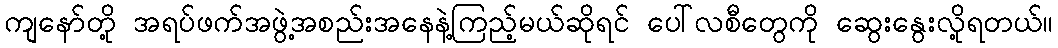
ကျနော်တို့ အရပ်ဖက်အဖွဲ့အစည်းအနေနဲ့ကြည့်မယ်ဆိုရင် ပေါ်လစီတွေကို ဆွေးနွေးလို့ရတယ်။